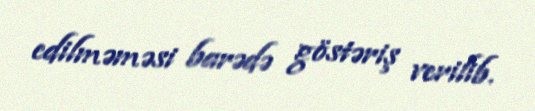
edilməməsi barədə göstəriş verilib.